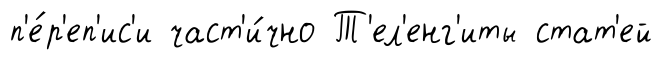
п'е́р'еп'ис'и част'и́чно Т'ел'енг'иты стат'ей